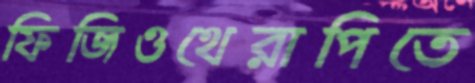
ফিজিওথেরাপিতে